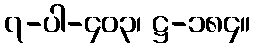
၇-ပါ-၄၀၃၊ ဋ္ဌ-၁၈၄။